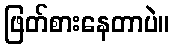
ဖြတ်စားနေတာပဲ။